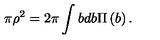
\pi \rho ^ { 2 } = 2 \pi \int b d b \Pi \left( b \right) .